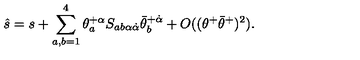
\hat { s } = s + \sum _ { a , b = 1 } ^ { 4 } \theta _ { a } ^ { + \alpha } S _ { a b \alpha \dot { \alpha } } \bar { \theta } _ { b } ^ { + \dot { \alpha } } + O ( ( \theta ^ { + } \bar { \theta } ^ { + } ) ^ { 2 } ) .